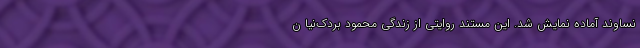
نساوند آماده نمایش شد. این مستند روایتی از زندگی محمود بردک‌نیا ن